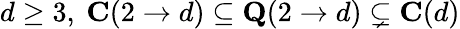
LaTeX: d\ge 3,~\mathbf{C}(2\to d)\subseteq\mathbf{Q}(2\to d)\subsetneq\mathbf{C}(d)